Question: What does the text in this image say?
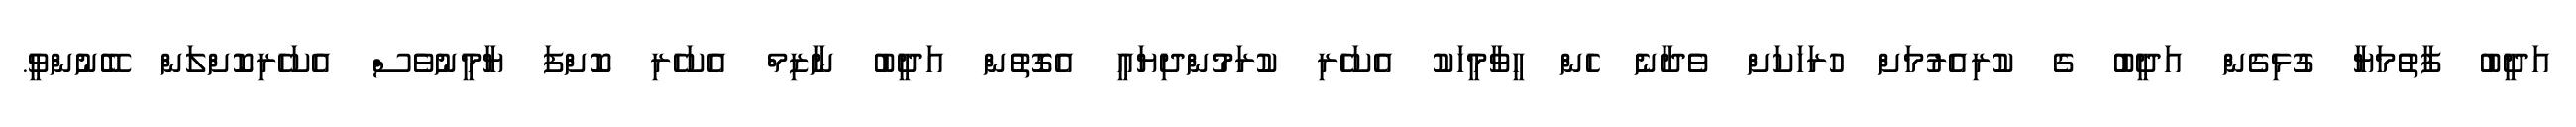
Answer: އަދީބު ފާތުމަޔާ ގުޅިގެން އަދީބު ގެ ކުރިއެރުމަށް ހުރަހަކަށް ވެދާނެ ހެން ހީވާމީހަކު އެކަހެރި ކުރަމުންދިޔައީ އެގޮތުން އަދީބު ނާޒިމް އެކަހެރި ކޮށްފަ ޔާމީނުވެސް އެކަހެރިކޮށްލަން ބޭނުންވީ.